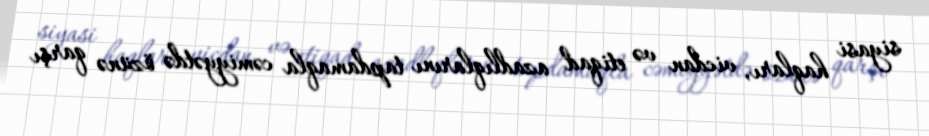
siyasi haqları, vicdan və etiqad azadlıqlarını tapdamaqla cəmiyyətdə özünə qarşı